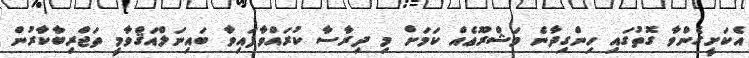
އެކަށީގެންވާ ގޮތުގައި ހިންގިދާނެ މަޝްރޫޢެއް ކަމަށް މި ދިރާސާ ކުރައްވާފައިވާ ބައިނަލްއަޤްވާމީ ތަޖްރިބާކާރުން